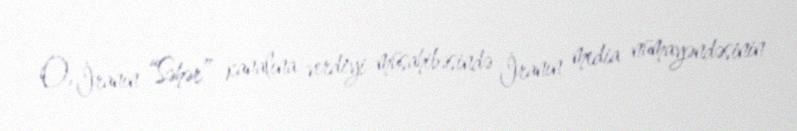
O, İranın “Səhər” kanalına verdiyi müsahibəsində İranın media nümayəndəsinin